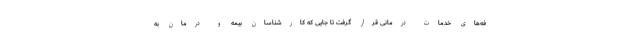
فه‌های خدمات درمانی قرار گرفت تا جایی که کارشناسان بیمه و درمان به